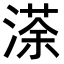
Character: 𭱻